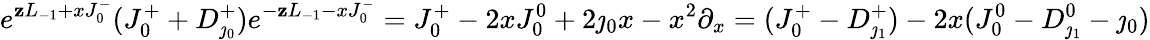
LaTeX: e^{\mathbf{z}L_{-1}+xJ_{0}^{-}}(J_{0}^{+}+D_{\jmath_{0}}^{+})e^{-\mathbf{z}L_{-1}-xJ_{0}^{-}}=J_{0}^{+}-2xJ_{0}^{0}+2\jmath_{0}x-x^{2}\partial_{x}=(J_{0}^{+}-D_{\jmath_{1}}^{+})-2x(J_{0}^{0}-D_{\jmath_{1}}^{0}-\jmath_{0})